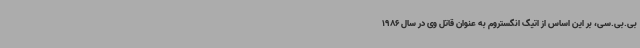
بی.بی.سی، بر این اساس از اتیگ انگستروم به عنوان قاتل وی در سال 1986